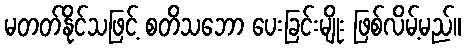
မတတ်နိုင်သဖြင့် စတိသဘော ပေးခြင်းမျိုး ဖြစ်လိမ့်မည်။